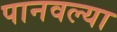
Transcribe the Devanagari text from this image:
पानवल्या